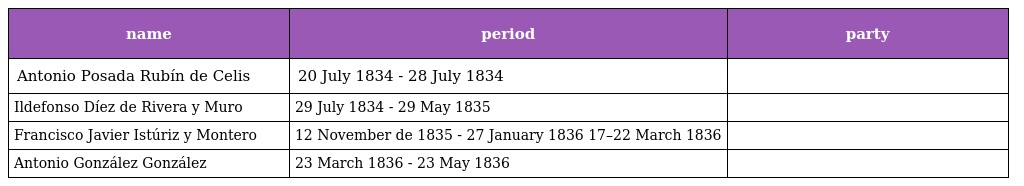
| name | period | party |
 | --- | --- | --- |
 | Antonio Posada Rubín de Celis | 20 July 1834 - 28 July 1834 |  |
 | Ildefonso Díez de Rivera y Muro | 29 July 1834 - 29 May 1835 |  |
 | Francisco Javier Istúriz y Montero | 12 November de 1835 - 27 January 1836 17–22 March 1836 |  |
 | Antonio González González | 23 March 1836 - 23 May 1836 |  |